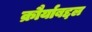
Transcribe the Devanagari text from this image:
क्रौर्याबद्दल